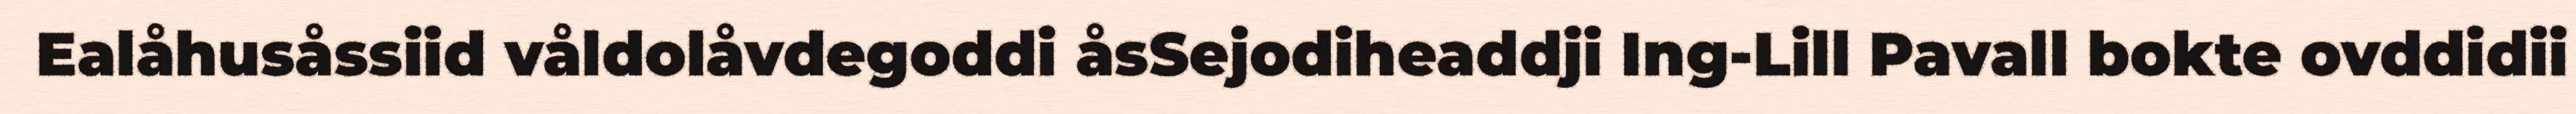
Ealåhusåssiid våldolåvdegoddi åsSejodiheaddji Ing-Lill Pavall bokte ovddidii